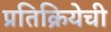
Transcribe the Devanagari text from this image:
प्रतिक्रियेची